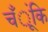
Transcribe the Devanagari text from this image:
चँूंकि